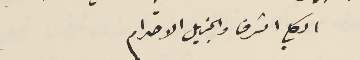
الكلي الشرف والجزيل الاحترام